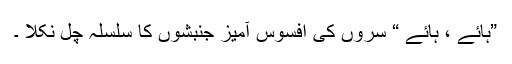
”ہائے ، ہائے “ سروں کی افسوس آمیز جنبشوں کا سلسلہ چل نکلا ۔